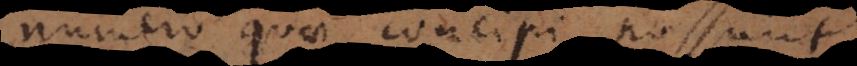
numero quae concipi possunt